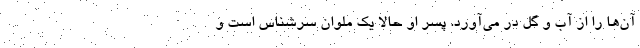
آن‌ها را از آب و گل در می‌آورد. پسر او حالا یک ملوان سرشناس است و